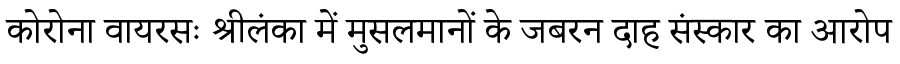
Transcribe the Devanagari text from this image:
कोरोना वायरसः श्रीलंका में मुसलमानों के जबरन दाह संस्कार का आरोप